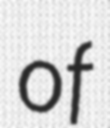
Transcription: of